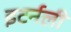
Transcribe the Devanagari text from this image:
इटर्नली